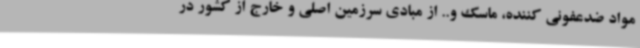
مواد ضدعفونی کننده، ماسک و.. از مبادی سرزمین اصلی و خارج از کشور در